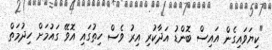
"ކިޔަވައިގެން އައިސް ބޮންޑު އަދާކުރި އިރު ވެސް ހިތުގައި އޮވޭ ގައުމަށް ހިދުމަތް